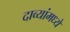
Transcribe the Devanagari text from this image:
दाव्यांमध्ये